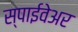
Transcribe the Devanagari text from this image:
स्पाईवेअर